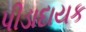
પીડાદાયક